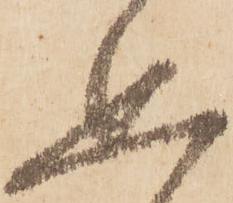
思